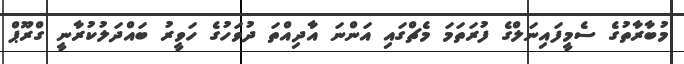
މުބާރާތުގެ ސެމީފައިނަލްގެ ފުރަތަމަ މެޗްގައި އަންނަ އާދިއްތަ ދުވަހުގެ ހަވީރު ބައްދަލުކުރާނީ ގްރޫޕް